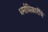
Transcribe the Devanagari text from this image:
धर्माधिकारींचे